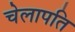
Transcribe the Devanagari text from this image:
चेलापति